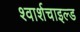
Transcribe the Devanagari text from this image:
श्वार्शचाइल्ड